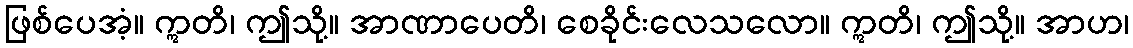
ဖြစ်ပေအံ့။ ဣတိ၊ ဤသို့။ အာဏာပေတိ၊ စေခိုင်းလေသလော။ ဣတိ၊ ဤသို့။ အာဟ၊